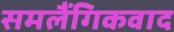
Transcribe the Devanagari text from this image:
समलैंगिकवाद